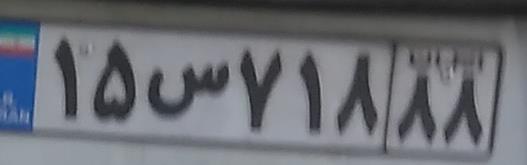
۱۵س۷۱۸۸۸